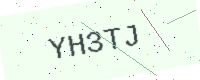
Text: YH3TJ